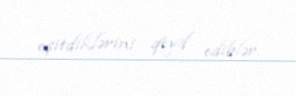
eşitdiklərini qeyd ediblər.